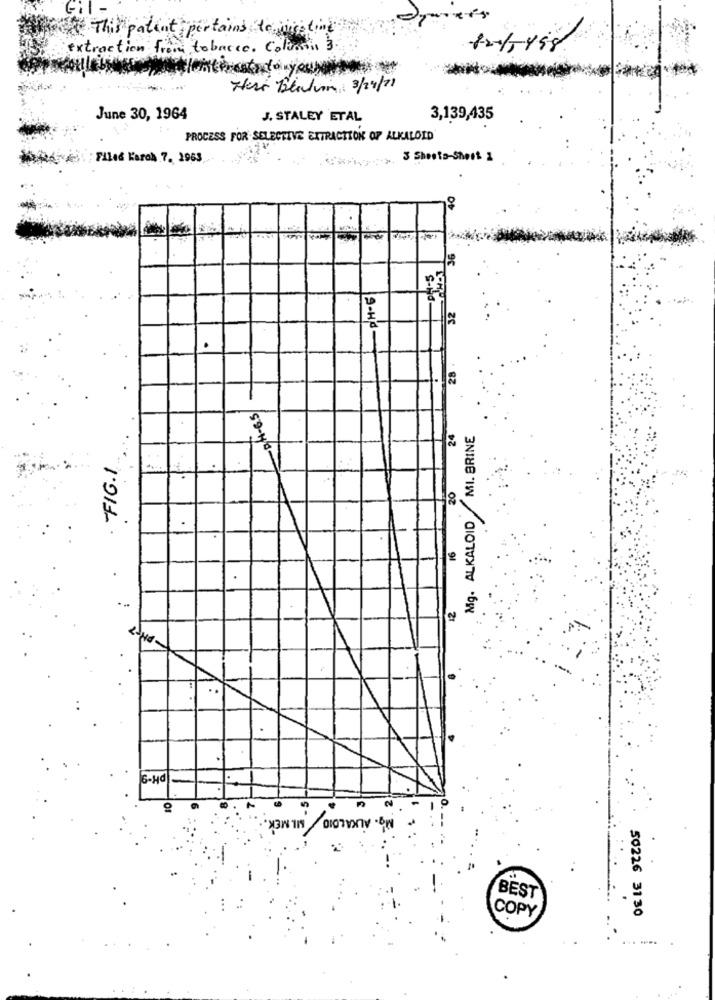
Gil -
This patent pertains to mightine
extraction from tobacco. Coloro 3.
Hear Berlin, 3/24/71
June 30, 1964
J. STALEY ETAL
3,139,435
PROCESS FOR SELECTIVE EXTRACTION OF ALKALOID
; Filed Karos 7, 1963
3 Sheets-Shest 1
12
PH-6
.
28
-BH-6.5
24
Mg. ALKALOID MI. BRINE
-FIG.1
20
16
.
2
..
G-Hd
BEST
COPY
50226 3130